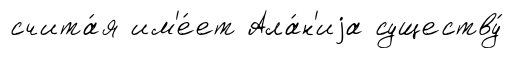
счита́я им'е́ет Ала́н'иjа существу́